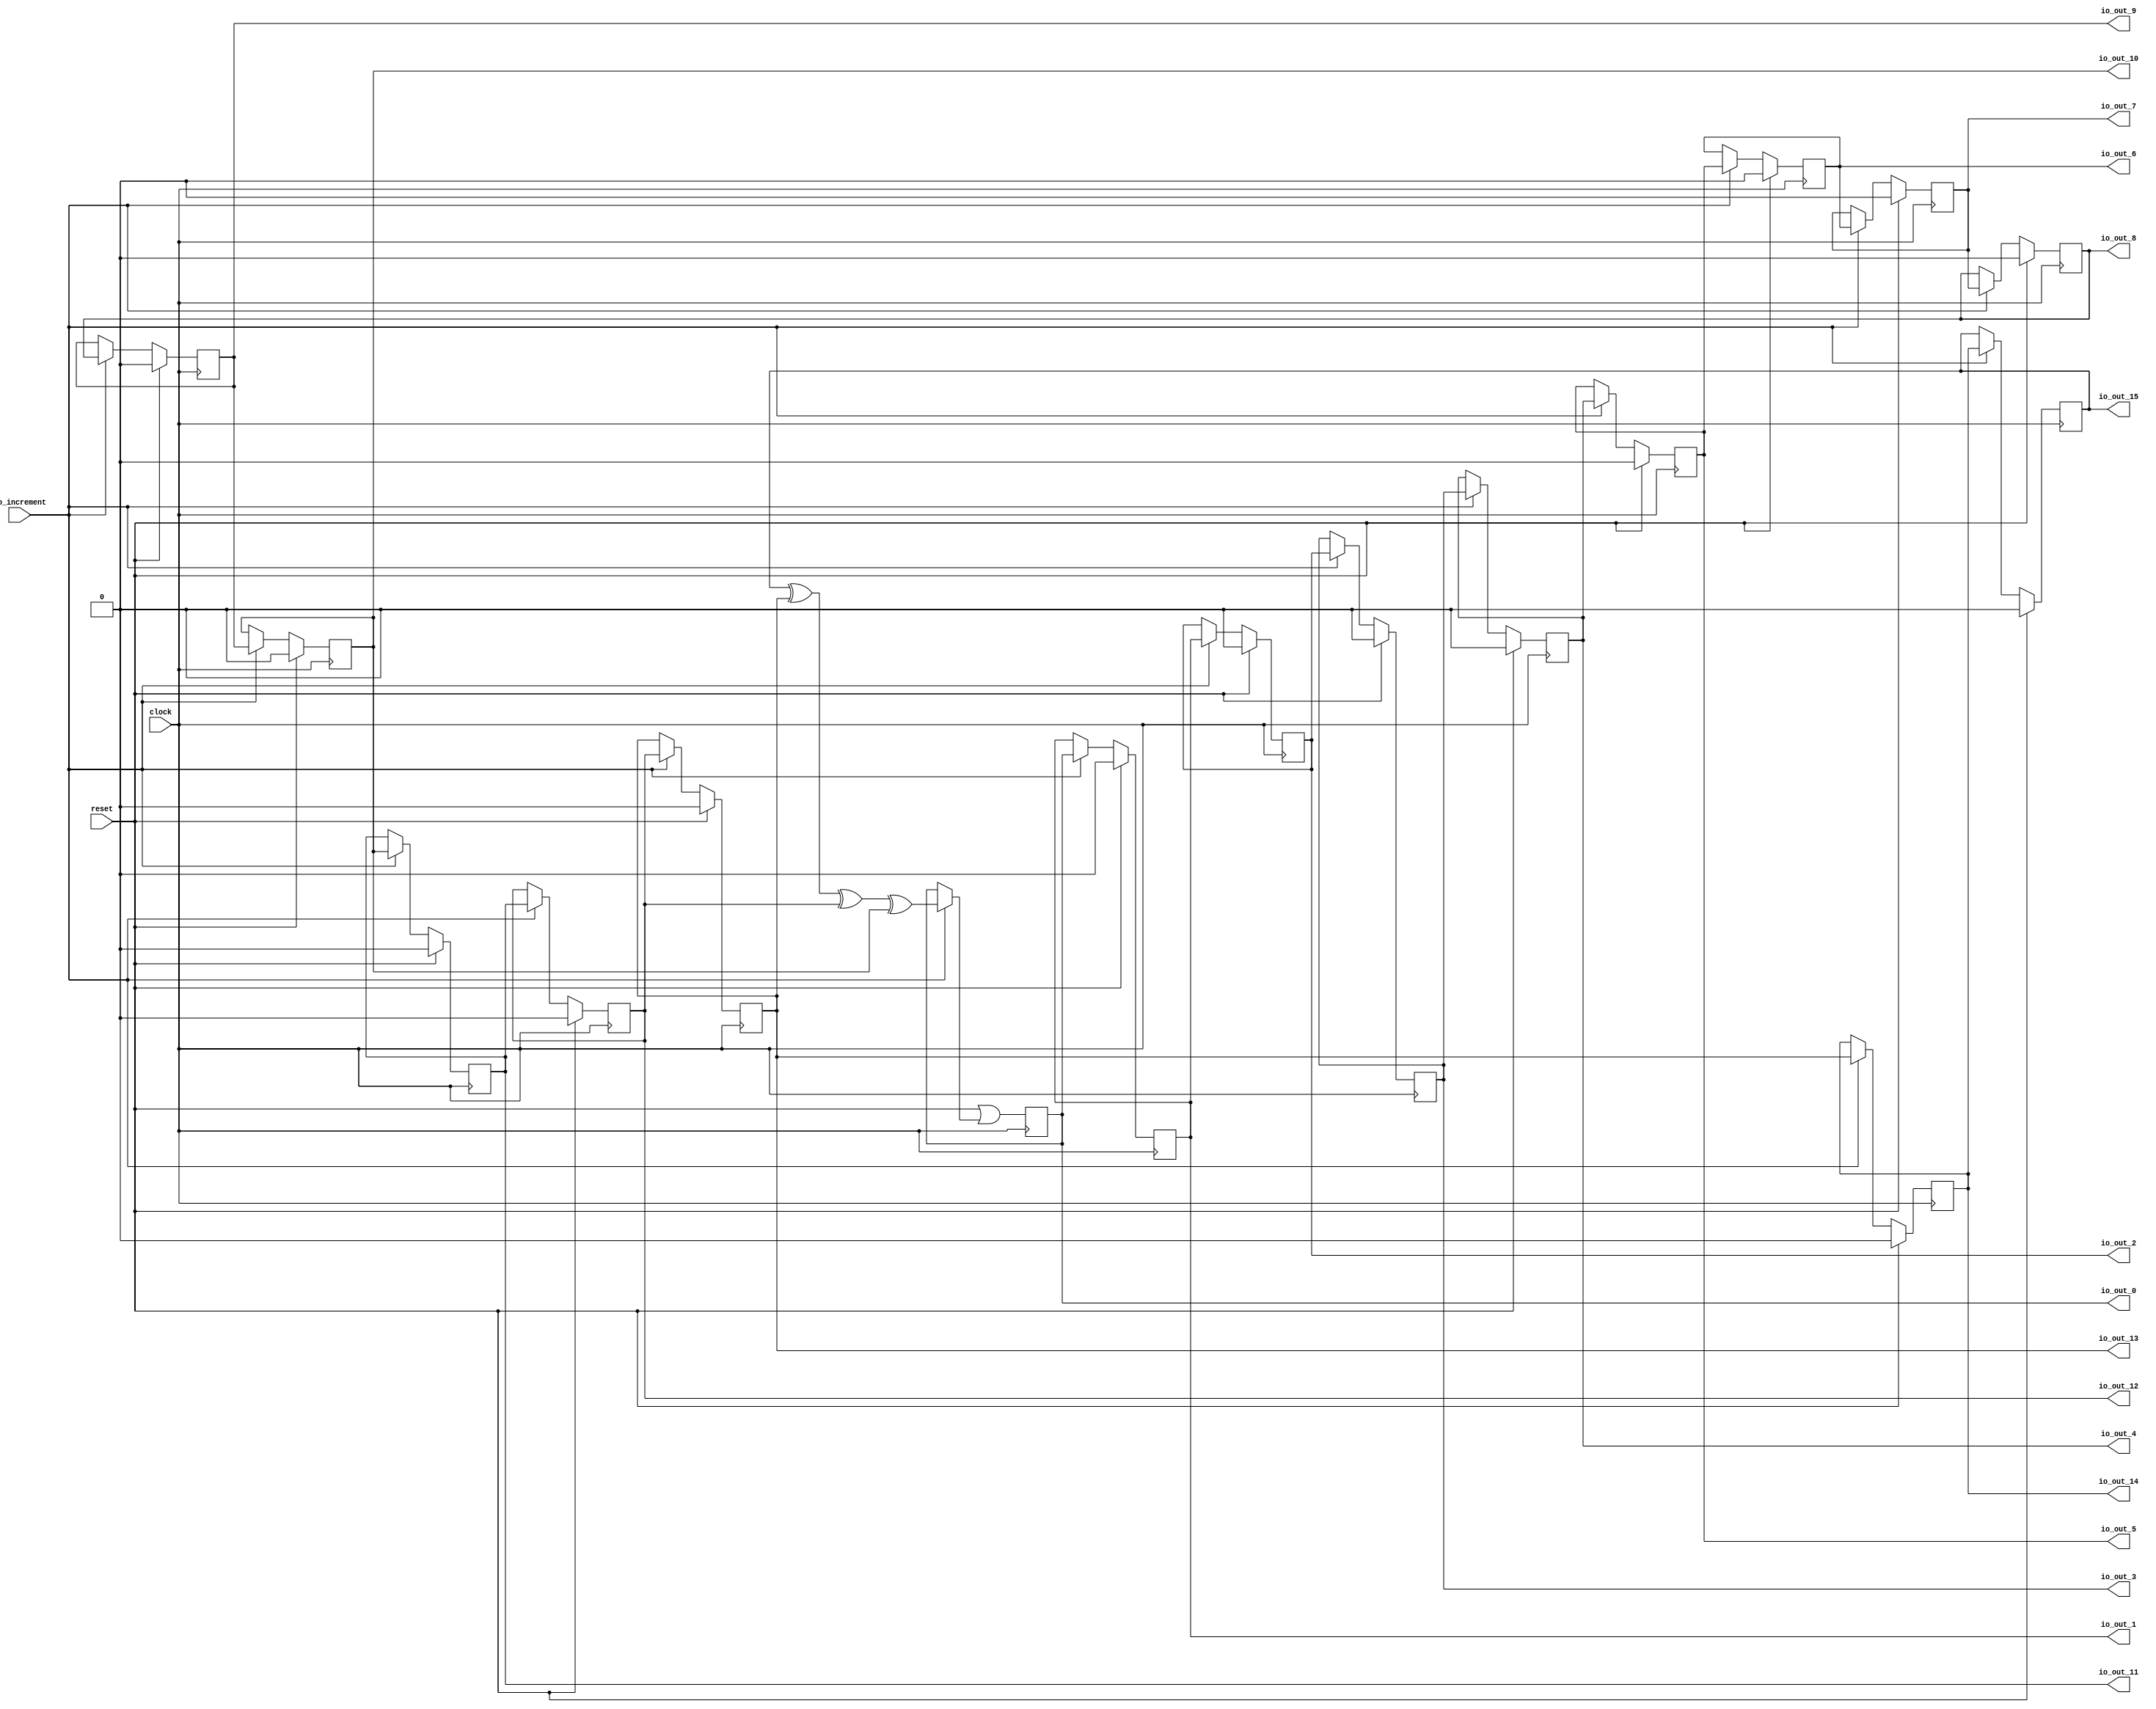
// SPDX-FileCopyrightText: 2022 Wuhan University of Technology
//
// Licensed under the Apache License, Version 2.0 (the "License");
// you may not use this file except in compliance with the License.
// You may obtain a copy of the License at
//
//      http://www.apache.org/licenses/LICENSE-2.0
//
// Unless required by applicable law or agreed to in writing, software
// distributed under the License is distributed on an "AS IS" BASIS,
// WITHOUT WARRANTIES OR CONDITIONS OF ANY KIND, either express or implied.
// See the License for the specific language governing permissions and
// limitations under the License.
// SPDX-License-Identifier: Apache-2.0

module MaxPeriodFibonacciLFSR(
  input   clock,
  input   reset,
  input   io_increment,
  output  io_out_0,
  output  io_out_1,
  output  io_out_2,
  output  io_out_3,
  output  io_out_4,
  output  io_out_5,
  output  io_out_6,
  output  io_out_7,
  output  io_out_8,
  output  io_out_9,
  output  io_out_10,
  output  io_out_11,
  output  io_out_12,
  output  io_out_13,
  output  io_out_14,
  output  io_out_15
);
`ifdef RANDOMIZE_REG_INIT
  reg [31:0] _RAND_0;
  reg [31:0] _RAND_1;
  reg [31:0] _RAND_2;
  reg [31:0] _RAND_3;
  reg [31:0] _RAND_4;
  reg [31:0] _RAND_5;
  reg [31:0] _RAND_6;
  reg [31:0] _RAND_7;
  reg [31:0] _RAND_8;
  reg [31:0] _RAND_9;
  reg [31:0] _RAND_10;
  reg [31:0] _RAND_11;
  reg [31:0] _RAND_12;
  reg [31:0] _RAND_13;
  reg [31:0] _RAND_14;
  reg [31:0] _RAND_15;
`endif // RANDOMIZE_REG_INIT
  reg  state_0; // @[PRNG.scala 55:49]
  reg  state_1; // @[PRNG.scala 55:49]
  reg  state_2; // @[PRNG.scala 55:49]
  reg  state_3; // @[PRNG.scala 55:49]
  reg  state_4; // @[PRNG.scala 55:49]
  reg  state_5; // @[PRNG.scala 55:49]
  reg  state_6; // @[PRNG.scala 55:49]
  reg  state_7; // @[PRNG.scala 55:49]
  reg  state_8; // @[PRNG.scala 55:49]
  reg  state_9; // @[PRNG.scala 55:49]
  reg  state_10; // @[PRNG.scala 55:49]
  reg  state_11; // @[PRNG.scala 55:49]
  reg  state_12; // @[PRNG.scala 55:49]
  reg  state_13; // @[PRNG.scala 55:49]
  reg  state_14; // @[PRNG.scala 55:49]
  reg  state_15; // @[PRNG.scala 55:49]
  wire  _T_2 = state_15 ^ state_13 ^ state_12 ^ state_10; // @[LFSR.scala 15:41]
  wire  _GEN_0 = io_increment ? _T_2 : state_0; // @[PRNG.scala 69:22 70:11 55:49]
  assign io_out_0 = state_0; // @[PRNG.scala 78:10]
  assign io_out_1 = state_1; // @[PRNG.scala 78:10]
  assign io_out_2 = state_2; // @[PRNG.scala 78:10]
  assign io_out_3 = state_3; // @[PRNG.scala 78:10]
  assign io_out_4 = state_4; // @[PRNG.scala 78:10]
  assign io_out_5 = state_5; // @[PRNG.scala 78:10]
  assign io_out_6 = state_6; // @[PRNG.scala 78:10]
  assign io_out_7 = state_7; // @[PRNG.scala 78:10]
  assign io_out_8 = state_8; // @[PRNG.scala 78:10]
  assign io_out_9 = state_9; // @[PRNG.scala 78:10]
  assign io_out_10 = state_10; // @[PRNG.scala 78:10]
  assign io_out_11 = state_11; // @[PRNG.scala 78:10]
  assign io_out_12 = state_12; // @[PRNG.scala 78:10]
  assign io_out_13 = state_13; // @[PRNG.scala 78:10]
  assign io_out_14 = state_14; // @[PRNG.scala 78:10]
  assign io_out_15 = state_15; // @[PRNG.scala 78:10]
  always @(posedge clock) begin
    state_0 <= reset | _GEN_0; // @[PRNG.scala 55:{49,49}]
    if (reset) begin // @[PRNG.scala 55:49]
      state_1 <= 1'h0; // @[PRNG.scala 55:49]
    end else if (io_increment) begin // @[PRNG.scala 69:22]
      state_1 <= state_0; // @[PRNG.scala 70:11]
    end
    if (reset) begin // @[PRNG.scala 55:49]
      state_2 <= 1'h0; // @[PRNG.scala 55:49]
    end else if (io_increment) begin // @[PRNG.scala 69:22]
      state_2 <= state_1; // @[PRNG.scala 70:11]
    end
    if (reset) begin // @[PRNG.scala 55:49]
      state_3 <= 1'h0; // @[PRNG.scala 55:49]
    end else if (io_increment) begin // @[PRNG.scala 69:22]
      state_3 <= state_2; // @[PRNG.scala 70:11]
    end
    if (reset) begin // @[PRNG.scala 55:49]
      state_4 <= 1'h0; // @[PRNG.scala 55:49]
    end else if (io_increment) begin // @[PRNG.scala 69:22]
      state_4 <= state_3; // @[PRNG.scala 70:11]
    end
    if (reset) begin // @[PRNG.scala 55:49]
      state_5 <= 1'h0; // @[PRNG.scala 55:49]
    end else if (io_increment) begin // @[PRNG.scala 69:22]
      state_5 <= state_4; // @[PRNG.scala 70:11]
    end
    if (reset) begin // @[PRNG.scala 55:49]
      state_6 <= 1'h0; // @[PRNG.scala 55:49]
    end else if (io_increment) begin // @[PRNG.scala 69:22]
      state_6 <= state_5; // @[PRNG.scala 70:11]
    end
    if (reset) begin // @[PRNG.scala 55:49]
      state_7 <= 1'h0; // @[PRNG.scala 55:49]
    end else if (io_increment) begin // @[PRNG.scala 69:22]
      state_7 <= state_6; // @[PRNG.scala 70:11]
    end
    if (reset) begin // @[PRNG.scala 55:49]
      state_8 <= 1'h0; // @[PRNG.scala 55:49]
    end else if (io_increment) begin // @[PRNG.scala 69:22]
      state_8 <= state_7; // @[PRNG.scala 70:11]
    end
    if (reset) begin // @[PRNG.scala 55:49]
      state_9 <= 1'h0; // @[PRNG.scala 55:49]
    end else if (io_increment) begin // @[PRNG.scala 69:22]
      state_9 <= state_8; // @[PRNG.scala 70:11]
    end
    if (reset) begin // @[PRNG.scala 55:49]
      state_10 <= 1'h0; // @[PRNG.scala 55:49]
    end else if (io_increment) begin // @[PRNG.scala 69:22]
      state_10 <= state_9; // @[PRNG.scala 70:11]
    end
    if (reset) begin // @[PRNG.scala 55:49]
      state_11 <= 1'h0; // @[PRNG.scala 55:49]
    end else if (io_increment) begin // @[PRNG.scala 69:22]
      state_11 <= state_10; // @[PRNG.scala 70:11]
    end
    if (reset) begin // @[PRNG.scala 55:49]
      state_12 <= 1'h0; // @[PRNG.scala 55:49]
    end else if (io_increment) begin // @[PRNG.scala 69:22]
      state_12 <= state_11; // @[PRNG.scala 70:11]
    end
    if (reset) begin // @[PRNG.scala 55:49]
      state_13 <= 1'h0; // @[PRNG.scala 55:49]
    end else if (io_increment) begin // @[PRNG.scala 69:22]
      state_13 <= state_12; // @[PRNG.scala 70:11]
    end
    if (reset) begin // @[PRNG.scala 55:49]
      state_14 <= 1'h0; // @[PRNG.scala 55:49]
    end else if (io_increment) begin // @[PRNG.scala 69:22]
      state_14 <= state_13; // @[PRNG.scala 70:11]
    end
    if (reset) begin // @[PRNG.scala 55:49]
      state_15 <= 1'h0; // @[PRNG.scala 55:49]
    end else if (io_increment) begin // @[PRNG.scala 69:22]
      state_15 <= state_14; // @[PRNG.scala 70:11]
    end
  end
// Register and memory initialization
`ifdef RANDOMIZE_GARBAGE_ASSIGN
`define RANDOMIZE
`endif
`ifdef RANDOMIZE_INVALID_ASSIGN
`define RANDOMIZE
`endif
`ifdef RANDOMIZE_REG_INIT
`define RANDOMIZE
`endif
`ifdef RANDOMIZE_MEM_INIT
`define RANDOMIZE
`endif
`ifndef RANDOM
`define RANDOM $random
`endif
`ifdef RANDOMIZE_MEM_INIT
  integer initvar;
`endif
`ifndef SYNTHESIS
`ifdef FIRRTL_BEFORE_INITIAL
`FIRRTL_BEFORE_INITIAL
`endif
initial begin
  `ifdef RANDOMIZE
    `ifdef INIT_RANDOM
      `INIT_RANDOM
    `endif
    `ifndef VERILATOR
      `ifdef RANDOMIZE_DELAY
        #`RANDOMIZE_DELAY begin end
      `else
        #0.002 begin end
      `endif
    `endif
`ifdef RANDOMIZE_REG_INIT
  _RAND_0 = {1{`RANDOM}};
  state_0 = _RAND_0[0:0];
  _RAND_1 = {1{`RANDOM}};
  state_1 = _RAND_1[0:0];
  _RAND_2 = {1{`RANDOM}};
  state_2 = _RAND_2[0:0];
  _RAND_3 = {1{`RANDOM}};
  state_3 = _RAND_3[0:0];
  _RAND_4 = {1{`RANDOM}};
  state_4 = _RAND_4[0:0];
  _RAND_5 = {1{`RANDOM}};
  state_5 = _RAND_5[0:0];
  _RAND_6 = {1{`RANDOM}};
  state_6 = _RAND_6[0:0];
  _RAND_7 = {1{`RANDOM}};
  state_7 = _RAND_7[0:0];
  _RAND_8 = {1{`RANDOM}};
  state_8 = _RAND_8[0:0];
  _RAND_9 = {1{`RANDOM}};
  state_9 = _RAND_9[0:0];
  _RAND_10 = {1{`RANDOM}};
  state_10 = _RAND_10[0:0];
  _RAND_11 = {1{`RANDOM}};
  state_11 = _RAND_11[0:0];
  _RAND_12 = {1{`RANDOM}};
  state_12 = _RAND_12[0:0];
  _RAND_13 = {1{`RANDOM}};
  state_13 = _RAND_13[0:0];
  _RAND_14 = {1{`RANDOM}};
  state_14 = _RAND_14[0:0];
  _RAND_15 = {1{`RANDOM}};
  state_15 = _RAND_15[0:0];
`endif // RANDOMIZE_REG_INIT
  `endif // RANDOMIZE
end // initial
`ifdef FIRRTL_AFTER_INITIAL
`FIRRTL_AFTER_INITIAL
`endif
`endif // SYNTHESIS
endmodule
module Sky130BLFSR(
  input        clock,
  input        reset,
  output [6:0] io_num_0,
  output [6:0] io_num_1,
  output [6:0] io_num_2,
  output [6:0] io_num_3,
  input        io_lock
);
  wire  lfsr_prng_clock; // @[PRNG.scala 91:22]
  wire  lfsr_prng_reset; // @[PRNG.scala 91:22]
  wire  lfsr_prng_io_increment; // @[PRNG.scala 91:22]
  wire  lfsr_prng_io_out_0; // @[PRNG.scala 91:22]
  wire  lfsr_prng_io_out_1; // @[PRNG.scala 91:22]
  wire  lfsr_prng_io_out_2; // @[PRNG.scala 91:22]
  wire  lfsr_prng_io_out_3; // @[PRNG.scala 91:22]
  wire  lfsr_prng_io_out_4; // @[PRNG.scala 91:22]
  wire  lfsr_prng_io_out_5; // @[PRNG.scala 91:22]
  wire  lfsr_prng_io_out_6; // @[PRNG.scala 91:22]
  wire  lfsr_prng_io_out_7; // @[PRNG.scala 91:22]
  wire  lfsr_prng_io_out_8; // @[PRNG.scala 91:22]
  wire  lfsr_prng_io_out_9; // @[PRNG.scala 91:22]
  wire  lfsr_prng_io_out_10; // @[PRNG.scala 91:22]
  wire  lfsr_prng_io_out_11; // @[PRNG.scala 91:22]
  wire  lfsr_prng_io_out_12; // @[PRNG.scala 91:22]
  wire  lfsr_prng_io_out_13; // @[PRNG.scala 91:22]
  wire  lfsr_prng_io_out_14; // @[PRNG.scala 91:22]
  wire  lfsr_prng_io_out_15; // @[PRNG.scala 91:22]
  wire [7:0] lfsr_lo = {lfsr_prng_io_out_7,lfsr_prng_io_out_6,lfsr_prng_io_out_5,lfsr_prng_io_out_4,lfsr_prng_io_out_3,
    lfsr_prng_io_out_2,lfsr_prng_io_out_1,lfsr_prng_io_out_0}; // @[PRNG.scala 95:17]
  wire [15:0] lfsr = {lfsr_prng_io_out_15,lfsr_prng_io_out_14,lfsr_prng_io_out_13,lfsr_prng_io_out_12,
    lfsr_prng_io_out_11,lfsr_prng_io_out_10,lfsr_prng_io_out_9,lfsr_prng_io_out_8,lfsr_lo}; // @[PRNG.scala 95:17]
  wire  _io_num_0_T_1 = lfsr[3:0] == 4'h0; // @[Sky130BLFSR.scala 56:27]
  wire  _io_num_0_T_3 = lfsr[3:0] == 4'h1; // @[Sky130BLFSR.scala 57:27]
  wire  _io_num_0_T_5 = lfsr[3:0] == 4'h2; // @[Sky130BLFSR.scala 58:27]
  wire  _io_num_0_T_7 = lfsr[3:0] == 4'h3; // @[Sky130BLFSR.scala 59:27]
  wire  _io_num_0_T_9 = lfsr[3:0] == 4'h4; // @[Sky130BLFSR.scala 60:27]
  wire  _io_num_0_T_11 = lfsr[3:0] == 4'h5; // @[Sky130BLFSR.scala 61:27]
  wire  _io_num_0_T_13 = lfsr[3:0] == 4'h6; // @[Sky130BLFSR.scala 62:27]
  wire  _io_num_0_T_15 = lfsr[3:0] == 4'h7; // @[Sky130BLFSR.scala 63:27]
  wire  _io_num_0_T_19 = lfsr[3:0] == 4'h9; // @[Sky130BLFSR.scala 65:27]
  wire  _io_num_0_T_21 = lfsr[3:0] == 4'ha; // @[Sky130BLFSR.scala 66:27]
  wire  _io_num_0_T_23 = lfsr[3:0] == 4'hb; // @[Sky130BLFSR.scala 67:27]
  wire  _io_num_0_T_25 = lfsr[3:0] == 4'hc; // @[Sky130BLFSR.scala 68:27]
  wire  _io_num_0_T_27 = lfsr[3:0] == 4'hd; // @[Sky130BLFSR.scala 69:27]
  wire  _io_num_0_T_29 = lfsr[3:0] == 4'he; // @[Sky130BLFSR.scala 70:27]
  wire  _io_num_0_T_31 = lfsr[3:0] == 4'hf; // @[Sky130BLFSR.scala 71:27]
  wire [6:0] _io_num_0_T_32 = _io_num_0_T_1 ? 7'h40 : 7'h0; // @[Mux.scala 27:73]
  wire [6:0] _io_num_0_T_33 = _io_num_0_T_3 ? 7'h79 : 7'h0; // @[Mux.scala 27:73]
  wire [5:0] _io_num_0_T_34 = _io_num_0_T_5 ? 6'h24 : 6'h0; // @[Mux.scala 27:73]
  wire [5:0] _io_num_0_T_35 = _io_num_0_T_7 ? 6'h30 : 6'h0; // @[Mux.scala 27:73]
  wire [4:0] _io_num_0_T_36 = _io_num_0_T_9 ? 5'h19 : 5'h0; // @[Mux.scala 27:73]
  wire [4:0] _io_num_0_T_37 = _io_num_0_T_11 ? 5'h12 : 5'h0; // @[Mux.scala 27:73]
  wire [1:0] _io_num_0_T_38 = _io_num_0_T_13 ? 2'h2 : 2'h0; // @[Mux.scala 27:73]
  wire [6:0] _io_num_0_T_39 = _io_num_0_T_15 ? 7'h78 : 7'h0; // @[Mux.scala 27:73]
  wire [6:0] _io_num_0_T_41 = _io_num_0_T_19 ? 7'h6f : 7'h0; // @[Mux.scala 27:73]
  wire [3:0] _io_num_0_T_42 = _io_num_0_T_21 ? 4'h8 : 4'h0; // @[Mux.scala 27:73]
  wire [1:0] _io_num_0_T_43 = _io_num_0_T_23 ? 2'h3 : 2'h0; // @[Mux.scala 27:73]
  wire [6:0] _io_num_0_T_44 = _io_num_0_T_25 ? 7'h46 : 7'h0; // @[Mux.scala 27:73]
  wire [5:0] _io_num_0_T_45 = _io_num_0_T_27 ? 6'h21 : 6'h0; // @[Mux.scala 27:73]
  wire [2:0] _io_num_0_T_46 = _io_num_0_T_29 ? 3'h6 : 3'h0; // @[Mux.scala 27:73]
  wire [3:0] _io_num_0_T_47 = _io_num_0_T_31 ? 4'he : 4'h0; // @[Mux.scala 27:73]
  wire [6:0] _io_num_0_T_48 = _io_num_0_T_32 | _io_num_0_T_33; // @[Mux.scala 27:73]
  wire [6:0] _GEN_4 = {{1'd0}, _io_num_0_T_34}; // @[Mux.scala 27:73]
  wire [6:0] _io_num_0_T_49 = _io_num_0_T_48 | _GEN_4; // @[Mux.scala 27:73]
  wire [6:0] _GEN_5 = {{1'd0}, _io_num_0_T_35}; // @[Mux.scala 27:73]
  wire [6:0] _io_num_0_T_50 = _io_num_0_T_49 | _GEN_5; // @[Mux.scala 27:73]
  wire [6:0] _GEN_6 = {{2'd0}, _io_num_0_T_36}; // @[Mux.scala 27:73]
  wire [6:0] _io_num_0_T_51 = _io_num_0_T_50 | _GEN_6; // @[Mux.scala 27:73]
  wire [6:0] _GEN_7 = {{2'd0}, _io_num_0_T_37}; // @[Mux.scala 27:73]
  wire [6:0] _io_num_0_T_52 = _io_num_0_T_51 | _GEN_7; // @[Mux.scala 27:73]
  wire [6:0] _GEN_8 = {{5'd0}, _io_num_0_T_38}; // @[Mux.scala 27:73]
  wire [6:0] _io_num_0_T_53 = _io_num_0_T_52 | _GEN_8; // @[Mux.scala 27:73]
  wire [6:0] _io_num_0_T_54 = _io_num_0_T_53 | _io_num_0_T_39; // @[Mux.scala 27:73]
  wire [6:0] _io_num_0_T_56 = _io_num_0_T_54 | _io_num_0_T_41; // @[Mux.scala 27:73]
  wire [6:0] _GEN_9 = {{3'd0}, _io_num_0_T_42}; // @[Mux.scala 27:73]
  wire [6:0] _io_num_0_T_57 = _io_num_0_T_56 | _GEN_9; // @[Mux.scala 27:73]
  wire [6:0] _GEN_10 = {{5'd0}, _io_num_0_T_43}; // @[Mux.scala 27:73]
  wire [6:0] _io_num_0_T_58 = _io_num_0_T_57 | _GEN_10; // @[Mux.scala 27:73]
  wire [6:0] _io_num_0_T_59 = _io_num_0_T_58 | _io_num_0_T_44; // @[Mux.scala 27:73]
  wire [6:0] _GEN_11 = {{1'd0}, _io_num_0_T_45}; // @[Mux.scala 27:73]
  wire [6:0] _io_num_0_T_60 = _io_num_0_T_59 | _GEN_11; // @[Mux.scala 27:73]
  wire [6:0] _GEN_12 = {{4'd0}, _io_num_0_T_46}; // @[Mux.scala 27:73]
  wire [6:0] _io_num_0_T_61 = _io_num_0_T_60 | _GEN_12; // @[Mux.scala 27:73]
  wire [6:0] _GEN_13 = {{3'd0}, _io_num_0_T_47}; // @[Mux.scala 27:73]
  wire [6:0] _io_num_0_T_62 = _io_num_0_T_61 | _GEN_13; // @[Mux.scala 27:73]
  wire  _io_num_1_T_1 = lfsr[7:4] == 4'h0; // @[Sky130BLFSR.scala 56:27]
  wire  _io_num_1_T_3 = lfsr[7:4] == 4'h1; // @[Sky130BLFSR.scala 57:27]
  wire  _io_num_1_T_5 = lfsr[7:4] == 4'h2; // @[Sky130BLFSR.scala 58:27]
  wire  _io_num_1_T_7 = lfsr[7:4] == 4'h3; // @[Sky130BLFSR.scala 59:27]
  wire  _io_num_1_T_9 = lfsr[7:4] == 4'h4; // @[Sky130BLFSR.scala 60:27]
  wire  _io_num_1_T_11 = lfsr[7:4] == 4'h5; // @[Sky130BLFSR.scala 61:27]
  wire  _io_num_1_T_13 = lfsr[7:4] == 4'h6; // @[Sky130BLFSR.scala 62:27]
  wire  _io_num_1_T_15 = lfsr[7:4] == 4'h7; // @[Sky130BLFSR.scala 63:27]
  wire  _io_num_1_T_19 = lfsr[7:4] == 4'h9; // @[Sky130BLFSR.scala 65:27]
  wire  _io_num_1_T_21 = lfsr[7:4] == 4'ha; // @[Sky130BLFSR.scala 66:27]
  wire  _io_num_1_T_23 = lfsr[7:4] == 4'hb; // @[Sky130BLFSR.scala 67:27]
  wire  _io_num_1_T_25 = lfsr[7:4] == 4'hc; // @[Sky130BLFSR.scala 68:27]
  wire  _io_num_1_T_27 = lfsr[7:4] == 4'hd; // @[Sky130BLFSR.scala 69:27]
  wire  _io_num_1_T_29 = lfsr[7:4] == 4'he; // @[Sky130BLFSR.scala 70:27]
  wire  _io_num_1_T_31 = lfsr[7:4] == 4'hf; // @[Sky130BLFSR.scala 71:27]
  wire [6:0] _io_num_1_T_32 = _io_num_1_T_1 ? 7'h40 : 7'h0; // @[Mux.scala 27:73]
  wire [6:0] _io_num_1_T_33 = _io_num_1_T_3 ? 7'h79 : 7'h0; // @[Mux.scala 27:73]
  wire [5:0] _io_num_1_T_34 = _io_num_1_T_5 ? 6'h24 : 6'h0; // @[Mux.scala 27:73]
  wire [5:0] _io_num_1_T_35 = _io_num_1_T_7 ? 6'h30 : 6'h0; // @[Mux.scala 27:73]
  wire [4:0] _io_num_1_T_36 = _io_num_1_T_9 ? 5'h19 : 5'h0; // @[Mux.scala 27:73]
  wire [4:0] _io_num_1_T_37 = _io_num_1_T_11 ? 5'h12 : 5'h0; // @[Mux.scala 27:73]
  wire [1:0] _io_num_1_T_38 = _io_num_1_T_13 ? 2'h2 : 2'h0; // @[Mux.scala 27:73]
  wire [6:0] _io_num_1_T_39 = _io_num_1_T_15 ? 7'h78 : 7'h0; // @[Mux.scala 27:73]
  wire [6:0] _io_num_1_T_41 = _io_num_1_T_19 ? 7'h6f : 7'h0; // @[Mux.scala 27:73]
  wire [3:0] _io_num_1_T_42 = _io_num_1_T_21 ? 4'h8 : 4'h0; // @[Mux.scala 27:73]
  wire [1:0] _io_num_1_T_43 = _io_num_1_T_23 ? 2'h3 : 2'h0; // @[Mux.scala 27:73]
  wire [6:0] _io_num_1_T_44 = _io_num_1_T_25 ? 7'h46 : 7'h0; // @[Mux.scala 27:73]
  wire [5:0] _io_num_1_T_45 = _io_num_1_T_27 ? 6'h21 : 6'h0; // @[Mux.scala 27:73]
  wire [2:0] _io_num_1_T_46 = _io_num_1_T_29 ? 3'h6 : 3'h0; // @[Mux.scala 27:73]
  wire [3:0] _io_num_1_T_47 = _io_num_1_T_31 ? 4'he : 4'h0; // @[Mux.scala 27:73]
  wire [6:0] _io_num_1_T_48 = _io_num_1_T_32 | _io_num_1_T_33; // @[Mux.scala 27:73]
  wire [6:0] _GEN_14 = {{1'd0}, _io_num_1_T_34}; // @[Mux.scala 27:73]
  wire [6:0] _io_num_1_T_49 = _io_num_1_T_48 | _GEN_14; // @[Mux.scala 27:73]
  wire [6:0] _GEN_15 = {{1'd0}, _io_num_1_T_35}; // @[Mux.scala 27:73]
  wire [6:0] _io_num_1_T_50 = _io_num_1_T_49 | _GEN_15; // @[Mux.scala 27:73]
  wire [6:0] _GEN_16 = {{2'd0}, _io_num_1_T_36}; // @[Mux.scala 27:73]
  wire [6:0] _io_num_1_T_51 = _io_num_1_T_50 | _GEN_16; // @[Mux.scala 27:73]
  wire [6:0] _GEN_17 = {{2'd0}, _io_num_1_T_37}; // @[Mux.scala 27:73]
  wire [6:0] _io_num_1_T_52 = _io_num_1_T_51 | _GEN_17; // @[Mux.scala 27:73]
  wire [6:0] _GEN_18 = {{5'd0}, _io_num_1_T_38}; // @[Mux.scala 27:73]
  wire [6:0] _io_num_1_T_53 = _io_num_1_T_52 | _GEN_18; // @[Mux.scala 27:73]
  wire [6:0] _io_num_1_T_54 = _io_num_1_T_53 | _io_num_1_T_39; // @[Mux.scala 27:73]
  wire [6:0] _io_num_1_T_56 = _io_num_1_T_54 | _io_num_1_T_41; // @[Mux.scala 27:73]
  wire [6:0] _GEN_19 = {{3'd0}, _io_num_1_T_42}; // @[Mux.scala 27:73]
  wire [6:0] _io_num_1_T_57 = _io_num_1_T_56 | _GEN_19; // @[Mux.scala 27:73]
  wire [6:0] _GEN_20 = {{5'd0}, _io_num_1_T_43}; // @[Mux.scala 27:73]
  wire [6:0] _io_num_1_T_58 = _io_num_1_T_57 | _GEN_20; // @[Mux.scala 27:73]
  wire [6:0] _io_num_1_T_59 = _io_num_1_T_58 | _io_num_1_T_44; // @[Mux.scala 27:73]
  wire [6:0] _GEN_21 = {{1'd0}, _io_num_1_T_45}; // @[Mux.scala 27:73]
  wire [6:0] _io_num_1_T_60 = _io_num_1_T_59 | _GEN_21; // @[Mux.scala 27:73]
  wire [6:0] _GEN_22 = {{4'd0}, _io_num_1_T_46}; // @[Mux.scala 27:73]
  wire [6:0] _io_num_1_T_61 = _io_num_1_T_60 | _GEN_22; // @[Mux.scala 27:73]
  wire [6:0] _GEN_23 = {{3'd0}, _io_num_1_T_47}; // @[Mux.scala 27:73]
  wire [6:0] _io_num_1_T_62 = _io_num_1_T_61 | _GEN_23; // @[Mux.scala 27:73]
  wire  _io_num_2_T_1 = lfsr[11:8] == 4'h0; // @[Sky130BLFSR.scala 56:27]
  wire  _io_num_2_T_3 = lfsr[11:8] == 4'h1; // @[Sky130BLFSR.scala 57:27]
  wire  _io_num_2_T_5 = lfsr[11:8] == 4'h2; // @[Sky130BLFSR.scala 58:27]
  wire  _io_num_2_T_7 = lfsr[11:8] == 4'h3; // @[Sky130BLFSR.scala 59:27]
  wire  _io_num_2_T_9 = lfsr[11:8] == 4'h4; // @[Sky130BLFSR.scala 60:27]
  wire  _io_num_2_T_11 = lfsr[11:8] == 4'h5; // @[Sky130BLFSR.scala 61:27]
  wire  _io_num_2_T_13 = lfsr[11:8] == 4'h6; // @[Sky130BLFSR.scala 62:27]
  wire  _io_num_2_T_15 = lfsr[11:8] == 4'h7; // @[Sky130BLFSR.scala 63:27]
  wire  _io_num_2_T_19 = lfsr[11:8] == 4'h9; // @[Sky130BLFSR.scala 65:27]
  wire  _io_num_2_T_21 = lfsr[11:8] == 4'ha; // @[Sky130BLFSR.scala 66:27]
  wire  _io_num_2_T_23 = lfsr[11:8] == 4'hb; // @[Sky130BLFSR.scala 67:27]
  wire  _io_num_2_T_25 = lfsr[11:8] == 4'hc; // @[Sky130BLFSR.scala 68:27]
  wire  _io_num_2_T_27 = lfsr[11:8] == 4'hd; // @[Sky130BLFSR.scala 69:27]
  wire  _io_num_2_T_29 = lfsr[11:8] == 4'he; // @[Sky130BLFSR.scala 70:27]
  wire  _io_num_2_T_31 = lfsr[11:8] == 4'hf; // @[Sky130BLFSR.scala 71:27]
  wire [6:0] _io_num_2_T_32 = _io_num_2_T_1 ? 7'h40 : 7'h0; // @[Mux.scala 27:73]
  wire [6:0] _io_num_2_T_33 = _io_num_2_T_3 ? 7'h79 : 7'h0; // @[Mux.scala 27:73]
  wire [5:0] _io_num_2_T_34 = _io_num_2_T_5 ? 6'h24 : 6'h0; // @[Mux.scala 27:73]
  wire [5:0] _io_num_2_T_35 = _io_num_2_T_7 ? 6'h30 : 6'h0; // @[Mux.scala 27:73]
  wire [4:0] _io_num_2_T_36 = _io_num_2_T_9 ? 5'h19 : 5'h0; // @[Mux.scala 27:73]
  wire [4:0] _io_num_2_T_37 = _io_num_2_T_11 ? 5'h12 : 5'h0; // @[Mux.scala 27:73]
  wire [1:0] _io_num_2_T_38 = _io_num_2_T_13 ? 2'h2 : 2'h0; // @[Mux.scala 27:73]
  wire [6:0] _io_num_2_T_39 = _io_num_2_T_15 ? 7'h78 : 7'h0; // @[Mux.scala 27:73]
  wire [6:0] _io_num_2_T_41 = _io_num_2_T_19 ? 7'h6f : 7'h0; // @[Mux.scala 27:73]
  wire [3:0] _io_num_2_T_42 = _io_num_2_T_21 ? 4'h8 : 4'h0; // @[Mux.scala 27:73]
  wire [1:0] _io_num_2_T_43 = _io_num_2_T_23 ? 2'h3 : 2'h0; // @[Mux.scala 27:73]
  wire [6:0] _io_num_2_T_44 = _io_num_2_T_25 ? 7'h46 : 7'h0; // @[Mux.scala 27:73]
  wire [5:0] _io_num_2_T_45 = _io_num_2_T_27 ? 6'h21 : 6'h0; // @[Mux.scala 27:73]
  wire [2:0] _io_num_2_T_46 = _io_num_2_T_29 ? 3'h6 : 3'h0; // @[Mux.scala 27:73]
  wire [3:0] _io_num_2_T_47 = _io_num_2_T_31 ? 4'he : 4'h0; // @[Mux.scala 27:73]
  wire [6:0] _io_num_2_T_48 = _io_num_2_T_32 | _io_num_2_T_33; // @[Mux.scala 27:73]
  wire [6:0] _GEN_24 = {{1'd0}, _io_num_2_T_34}; // @[Mux.scala 27:73]
  wire [6:0] _io_num_2_T_49 = _io_num_2_T_48 | _GEN_24; // @[Mux.scala 27:73]
  wire [6:0] _GEN_25 = {{1'd0}, _io_num_2_T_35}; // @[Mux.scala 27:73]
  wire [6:0] _io_num_2_T_50 = _io_num_2_T_49 | _GEN_25; // @[Mux.scala 27:73]
  wire [6:0] _GEN_26 = {{2'd0}, _io_num_2_T_36}; // @[Mux.scala 27:73]
  wire [6:0] _io_num_2_T_51 = _io_num_2_T_50 | _GEN_26; // @[Mux.scala 27:73]
  wire [6:0] _GEN_27 = {{2'd0}, _io_num_2_T_37}; // @[Mux.scala 27:73]
  wire [6:0] _io_num_2_T_52 = _io_num_2_T_51 | _GEN_27; // @[Mux.scala 27:73]
  wire [6:0] _GEN_28 = {{5'd0}, _io_num_2_T_38}; // @[Mux.scala 27:73]
  wire [6:0] _io_num_2_T_53 = _io_num_2_T_52 | _GEN_28; // @[Mux.scala 27:73]
  wire [6:0] _io_num_2_T_54 = _io_num_2_T_53 | _io_num_2_T_39; // @[Mux.scala 27:73]
  wire [6:0] _io_num_2_T_56 = _io_num_2_T_54 | _io_num_2_T_41; // @[Mux.scala 27:73]
  wire [6:0] _GEN_29 = {{3'd0}, _io_num_2_T_42}; // @[Mux.scala 27:73]
  wire [6:0] _io_num_2_T_57 = _io_num_2_T_56 | _GEN_29; // @[Mux.scala 27:73]
  wire [6:0] _GEN_30 = {{5'd0}, _io_num_2_T_43}; // @[Mux.scala 27:73]
  wire [6:0] _io_num_2_T_58 = _io_num_2_T_57 | _GEN_30; // @[Mux.scala 27:73]
  wire [6:0] _io_num_2_T_59 = _io_num_2_T_58 | _io_num_2_T_44; // @[Mux.scala 27:73]
  wire [6:0] _GEN_31 = {{1'd0}, _io_num_2_T_45}; // @[Mux.scala 27:73]
  wire [6:0] _io_num_2_T_60 = _io_num_2_T_59 | _GEN_31; // @[Mux.scala 27:73]
  wire [6:0] _GEN_32 = {{4'd0}, _io_num_2_T_46}; // @[Mux.scala 27:73]
  wire [6:0] _io_num_2_T_61 = _io_num_2_T_60 | _GEN_32; // @[Mux.scala 27:73]
  wire [6:0] _GEN_33 = {{3'd0}, _io_num_2_T_47}; // @[Mux.scala 27:73]
  wire [6:0] _io_num_2_T_62 = _io_num_2_T_61 | _GEN_33; // @[Mux.scala 27:73]
  wire  _io_num_3_T_1 = lfsr[15:12] == 4'h0; // @[Sky130BLFSR.scala 56:27]
  wire  _io_num_3_T_3 = lfsr[15:12] == 4'h1; // @[Sky130BLFSR.scala 57:27]
  wire  _io_num_3_T_5 = lfsr[15:12] == 4'h2; // @[Sky130BLFSR.scala 58:27]
  wire  _io_num_3_T_7 = lfsr[15:12] == 4'h3; // @[Sky130BLFSR.scala 59:27]
  wire  _io_num_3_T_9 = lfsr[15:12] == 4'h4; // @[Sky130BLFSR.scala 60:27]
  wire  _io_num_3_T_11 = lfsr[15:12] == 4'h5; // @[Sky130BLFSR.scala 61:27]
  wire  _io_num_3_T_13 = lfsr[15:12] == 4'h6; // @[Sky130BLFSR.scala 62:27]
  wire  _io_num_3_T_15 = lfsr[15:12] == 4'h7; // @[Sky130BLFSR.scala 63:27]
  wire  _io_num_3_T_19 = lfsr[15:12] == 4'h9; // @[Sky130BLFSR.scala 65:27]
  wire  _io_num_3_T_21 = lfsr[15:12] == 4'ha; // @[Sky130BLFSR.scala 66:27]
  wire  _io_num_3_T_23 = lfsr[15:12] == 4'hb; // @[Sky130BLFSR.scala 67:27]
  wire  _io_num_3_T_25 = lfsr[15:12] == 4'hc; // @[Sky130BLFSR.scala 68:27]
  wire  _io_num_3_T_27 = lfsr[15:12] == 4'hd; // @[Sky130BLFSR.scala 69:27]
  wire  _io_num_3_T_29 = lfsr[15:12] == 4'he; // @[Sky130BLFSR.scala 70:27]
  wire  _io_num_3_T_31 = lfsr[15:12] == 4'hf; // @[Sky130BLFSR.scala 71:27]
  wire [6:0] _io_num_3_T_32 = _io_num_3_T_1 ? 7'h40 : 7'h0; // @[Mux.scala 27:73]
  wire [6:0] _io_num_3_T_33 = _io_num_3_T_3 ? 7'h79 : 7'h0; // @[Mux.scala 27:73]
  wire [5:0] _io_num_3_T_34 = _io_num_3_T_5 ? 6'h24 : 6'h0; // @[Mux.scala 27:73]
  wire [5:0] _io_num_3_T_35 = _io_num_3_T_7 ? 6'h30 : 6'h0; // @[Mux.scala 27:73]
  wire [4:0] _io_num_3_T_36 = _io_num_3_T_9 ? 5'h19 : 5'h0; // @[Mux.scala 27:73]
  wire [4:0] _io_num_3_T_37 = _io_num_3_T_11 ? 5'h12 : 5'h0; // @[Mux.scala 27:73]
  wire [1:0] _io_num_3_T_38 = _io_num_3_T_13 ? 2'h2 : 2'h0; // @[Mux.scala 27:73]
  wire [6:0] _io_num_3_T_39 = _io_num_3_T_15 ? 7'h78 : 7'h0; // @[Mux.scala 27:73]
  wire [6:0] _io_num_3_T_41 = _io_num_3_T_19 ? 7'h6f : 7'h0; // @[Mux.scala 27:73]
  wire [3:0] _io_num_3_T_42 = _io_num_3_T_21 ? 4'h8 : 4'h0; // @[Mux.scala 27:73]
  wire [1:0] _io_num_3_T_43 = _io_num_3_T_23 ? 2'h3 : 2'h0; // @[Mux.scala 27:73]
  wire [6:0] _io_num_3_T_44 = _io_num_3_T_25 ? 7'h46 : 7'h0; // @[Mux.scala 27:73]
  wire [5:0] _io_num_3_T_45 = _io_num_3_T_27 ? 6'h21 : 6'h0; // @[Mux.scala 27:73]
  wire [2:0] _io_num_3_T_46 = _io_num_3_T_29 ? 3'h6 : 3'h0; // @[Mux.scala 27:73]
  wire [3:0] _io_num_3_T_47 = _io_num_3_T_31 ? 4'he : 4'h0; // @[Mux.scala 27:73]
  wire [6:0] _io_num_3_T_48 = _io_num_3_T_32 | _io_num_3_T_33; // @[Mux.scala 27:73]
  wire [6:0] _GEN_34 = {{1'd0}, _io_num_3_T_34}; // @[Mux.scala 27:73]
  wire [6:0] _io_num_3_T_49 = _io_num_3_T_48 | _GEN_34; // @[Mux.scala 27:73]
  wire [6:0] _GEN_35 = {{1'd0}, _io_num_3_T_35}; // @[Mux.scala 27:73]
  wire [6:0] _io_num_3_T_50 = _io_num_3_T_49 | _GEN_35; // @[Mux.scala 27:73]
  wire [6:0] _GEN_36 = {{2'd0}, _io_num_3_T_36}; // @[Mux.scala 27:73]
  wire [6:0] _io_num_3_T_51 = _io_num_3_T_50 | _GEN_36; // @[Mux.scala 27:73]
  wire [6:0] _GEN_37 = {{2'd0}, _io_num_3_T_37}; // @[Mux.scala 27:73]
  wire [6:0] _io_num_3_T_52 = _io_num_3_T_51 | _GEN_37; // @[Mux.scala 27:73]
  wire [6:0] _GEN_38 = {{5'd0}, _io_num_3_T_38}; // @[Mux.scala 27:73]
  wire [6:0] _io_num_3_T_53 = _io_num_3_T_52 | _GEN_38; // @[Mux.scala 27:73]
  wire [6:0] _io_num_3_T_54 = _io_num_3_T_53 | _io_num_3_T_39; // @[Mux.scala 27:73]
  wire [6:0] _io_num_3_T_56 = _io_num_3_T_54 | _io_num_3_T_41; // @[Mux.scala 27:73]
  wire [6:0] _GEN_39 = {{3'd0}, _io_num_3_T_42}; // @[Mux.scala 27:73]
  wire [6:0] _io_num_3_T_57 = _io_num_3_T_56 | _GEN_39; // @[Mux.scala 27:73]
  wire [6:0] _GEN_40 = {{5'd0}, _io_num_3_T_43}; // @[Mux.scala 27:73]
  wire [6:0] _io_num_3_T_58 = _io_num_3_T_57 | _GEN_40; // @[Mux.scala 27:73]
  wire [6:0] _io_num_3_T_59 = _io_num_3_T_58 | _io_num_3_T_44; // @[Mux.scala 27:73]
  wire [6:0] _GEN_41 = {{1'd0}, _io_num_3_T_45}; // @[Mux.scala 27:73]
  wire [6:0] _io_num_3_T_60 = _io_num_3_T_59 | _GEN_41; // @[Mux.scala 27:73]
  wire [6:0] _GEN_42 = {{4'd0}, _io_num_3_T_46}; // @[Mux.scala 27:73]
  wire [6:0] _io_num_3_T_61 = _io_num_3_T_60 | _GEN_42; // @[Mux.scala 27:73]
  wire [6:0] _GEN_43 = {{3'd0}, _io_num_3_T_47}; // @[Mux.scala 27:73]
  wire [6:0] _io_num_3_T_62 = _io_num_3_T_61 | _GEN_43; // @[Mux.scala 27:73]
  MaxPeriodFibonacciLFSR lfsr_prng ( // @[PRNG.scala 91:22]
    .clock(lfsr_prng_clock),
    .reset(lfsr_prng_reset),
    .io_increment(lfsr_prng_io_increment),
    .io_out_0(lfsr_prng_io_out_0),
    .io_out_1(lfsr_prng_io_out_1),
    .io_out_2(lfsr_prng_io_out_2),
    .io_out_3(lfsr_prng_io_out_3),
    .io_out_4(lfsr_prng_io_out_4),
    .io_out_5(lfsr_prng_io_out_5),
    .io_out_6(lfsr_prng_io_out_6),
    .io_out_7(lfsr_prng_io_out_7),
    .io_out_8(lfsr_prng_io_out_8),
    .io_out_9(lfsr_prng_io_out_9),
    .io_out_10(lfsr_prng_io_out_10),
    .io_out_11(lfsr_prng_io_out_11),
    .io_out_12(lfsr_prng_io_out_12),
    .io_out_13(lfsr_prng_io_out_13),
    .io_out_14(lfsr_prng_io_out_14),
    .io_out_15(lfsr_prng_io_out_15)
  );
  assign io_num_0 = io_lock ? 7'h7f : _io_num_0_T_62; // @[Sky130BLFSR.scala 52:21 53:17 55:17]
  assign io_num_1 = io_lock ? 7'h7f : _io_num_1_T_62; // @[Sky130BLFSR.scala 52:21 53:17 55:17]
  assign io_num_2 = io_lock ? 7'h7f : _io_num_2_T_62; // @[Sky130BLFSR.scala 52:21 53:17 55:17]
  assign io_num_3 = io_lock ? 7'h7f : _io_num_3_T_62; // @[Sky130BLFSR.scala 52:21 53:17 55:17]
  assign lfsr_prng_clock = clock;
  assign lfsr_prng_reset = reset;
  assign lfsr_prng_io_increment = ~io_lock; // @[Sky130BLFSR.scala 48:23]
endmodule